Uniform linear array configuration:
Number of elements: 32
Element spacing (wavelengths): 0.25
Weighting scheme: cosine
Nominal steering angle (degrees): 0
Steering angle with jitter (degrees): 0.4681
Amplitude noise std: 0.05
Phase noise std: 0.05

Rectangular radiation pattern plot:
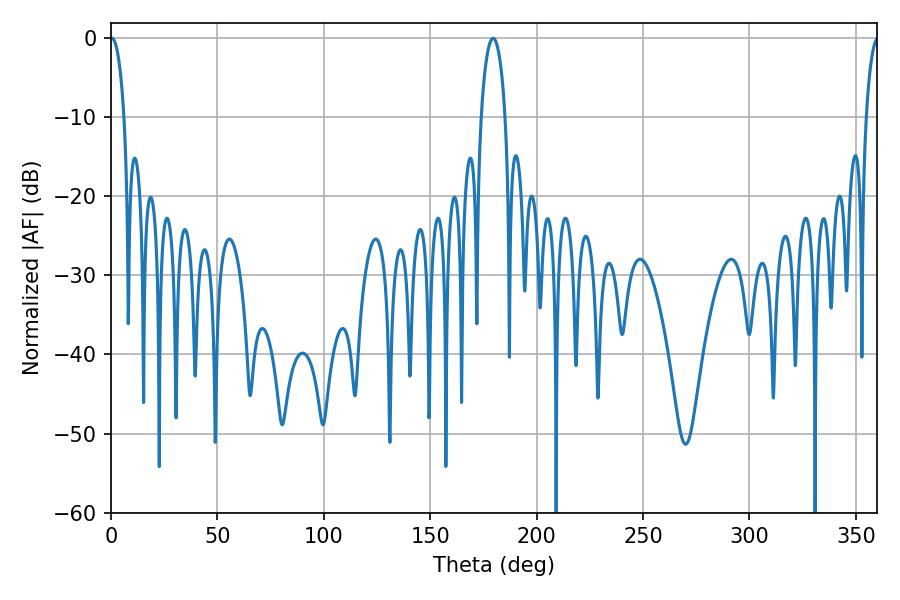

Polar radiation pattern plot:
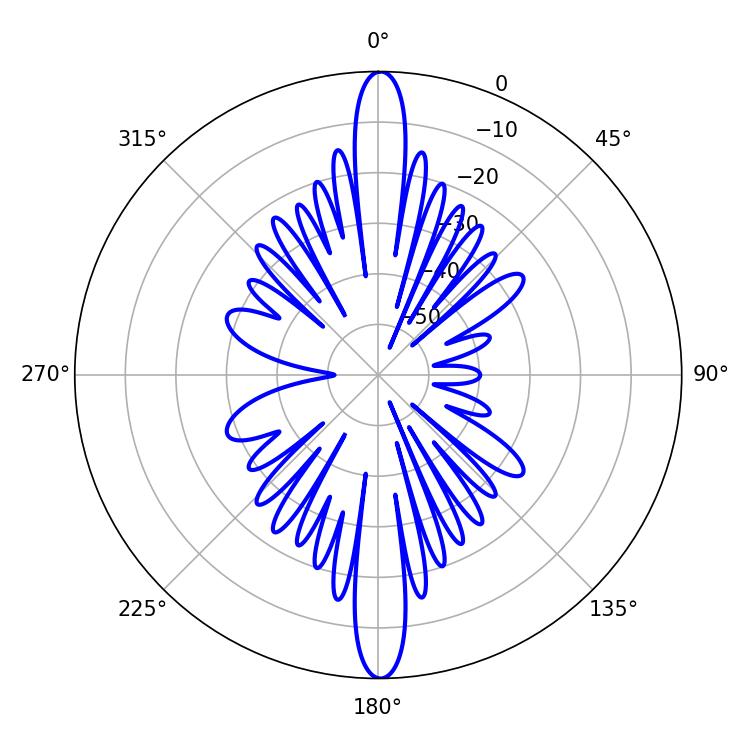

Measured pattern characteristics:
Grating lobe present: FALSE
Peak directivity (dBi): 31.251
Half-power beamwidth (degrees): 3.78
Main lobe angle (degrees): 0.54